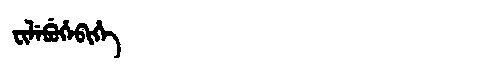
Manchu: ᠸᡳᠯᡝᠪᡠᡥᡝᠪᡳᡥᡝ
Romanization: FILEBUHEBIHE